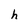
Character: h